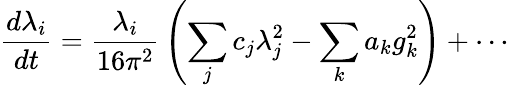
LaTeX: {\frac{d\lambda_{i}}{dt}}={\frac{\lambda_{i}}{16\pi^{2}}}\left(\sum_{j}c_{j}\lambda_{j}^{2}-\sum_{k}a_{k}g_{k}^{2}\right)+\cdots